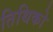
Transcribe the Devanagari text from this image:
तिथिको